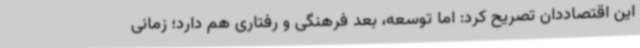
این اقتصاددان تصریح کرد: اما توسعه، بعد فرهنگی و رفتاری هم دارد؛ زمانی